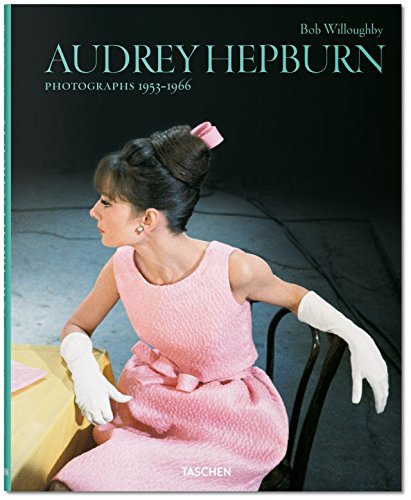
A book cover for Bob Willoughby: Audrey Hepburn, Photographs 1953-1966; Arts & Photography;